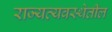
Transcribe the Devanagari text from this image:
राज्यव्यवस्थेतील